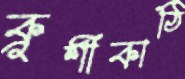
ক্রুশীকাঠি